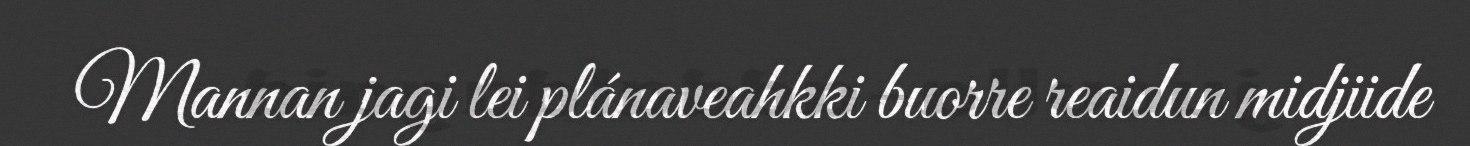
Mannan jagi lei plánaveahkki buorre reaidun midjiide